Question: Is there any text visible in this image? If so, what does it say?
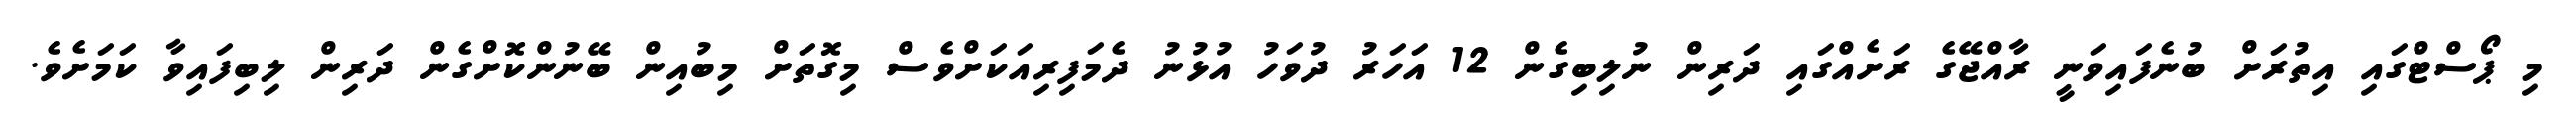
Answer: މި ޕޯސްޓްގައި އިތުރަށް ބުނެފައިވަނީ ރާއްޖޭގެ ރަށެއްގައި ދަރިން ނުލިބިގެން 12 އަހަރު ދުވަހު އުޅުނު ދެމަފިރިއަކަށްވެސް މިގޮތަށް މިބުއިން ބޭނުންކޮށްގެން ދަރިން ލިބިފައިވާ ކަމަށެވެ.